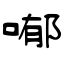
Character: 喐